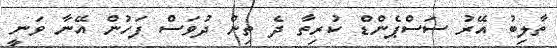
ތާލިބު އޭރު ސަސްޕެންޑް ކުރިތާ ދެ ތިން ދުވަސް ފަހުން އޭނާ ވަނީ